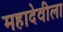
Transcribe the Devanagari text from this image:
महादेवीला